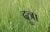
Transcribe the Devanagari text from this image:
दुत्रा